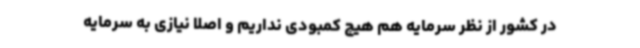
در کشور از نظر سرمایه هم هیچ کمبودی نداریم و اصلا نیازی به سرمایه